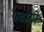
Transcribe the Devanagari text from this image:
पढायी